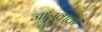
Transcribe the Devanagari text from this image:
जानवाली